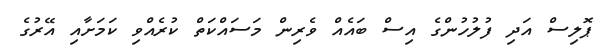
ޕޮލިސް އަދި ފުލުހުންގެ އިސް ބައެއް ވެރިން މަސައްކަތް ކުރެއްވި ކަމަށާއި އޭރުގެ